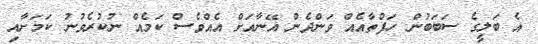
އެ ބަލީގެ ސަބަބުން ހަފްތާއެއް ވަންދެން އޭނާއަށް އެއްވެސް ކަމެއް ނުކުރެވުނު ކަމަށާއި